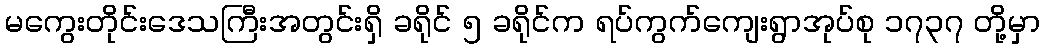
မကွေးတိုင်းဒေသကြီးအတွင်းရှိ ခရိုင် ၅ ခရိုင်က ရပ်ကွက်ကျေးရွာအုပ်စု ၁၇၃၇ တို့မှာ